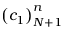
{ \left( c _ { 1 } \right) } _ { N + 1 } ^ { n }